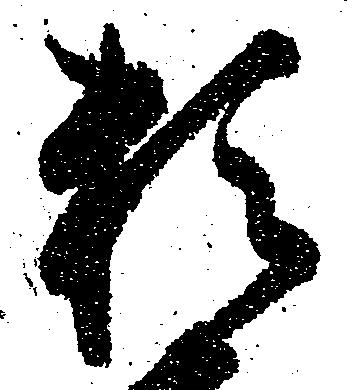
頼